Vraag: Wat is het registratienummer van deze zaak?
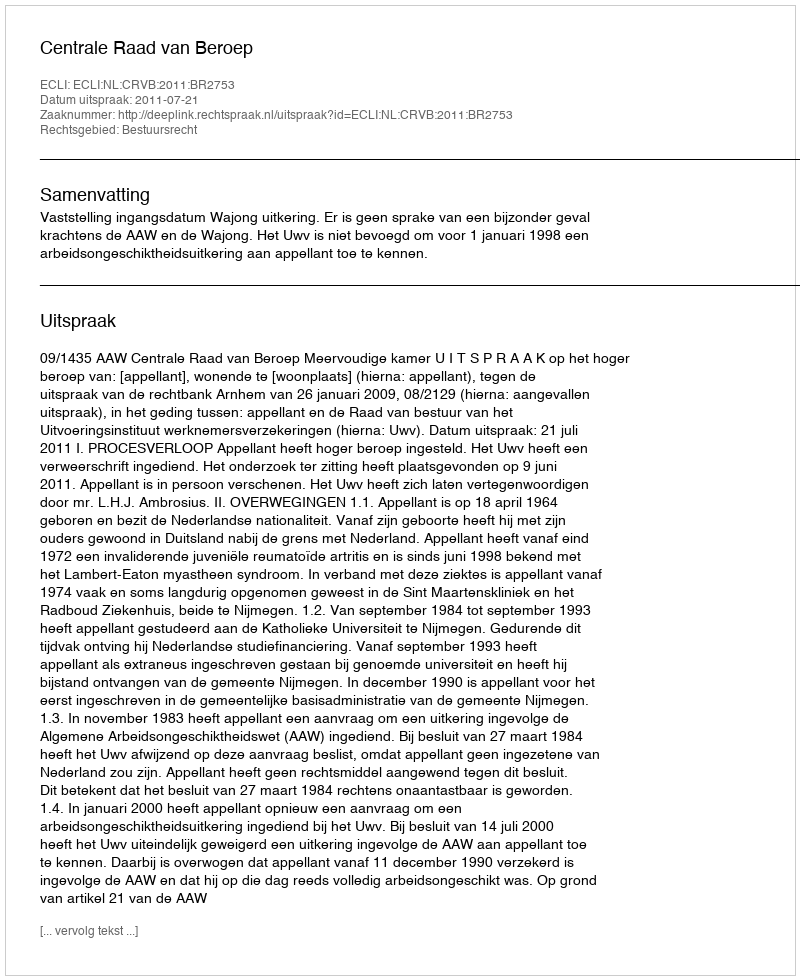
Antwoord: http://deeplink.rechtspraak.nl/uitspraak?id=ECLI:NL:CRVB:2011:BR2753